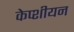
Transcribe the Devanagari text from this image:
केप्शीयन